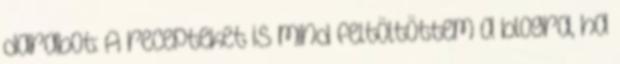
darabot: A recepteket is mind feltöltöttem a blogra, ha